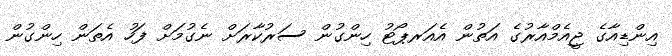
އިންޑިއާގެ ޖީއެމްއާރުގެ އަތުން އެއަރޕޯޓު ހިންގުން ސަރުކާރަށް ނެގުމަށް ފަހު އެތަން ހިންގުން